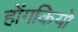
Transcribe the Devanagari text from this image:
होंगकियो